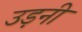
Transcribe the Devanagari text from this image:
उड़नी